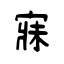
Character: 寐